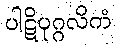
ပါဋိပုဂ္ဂလိကံ